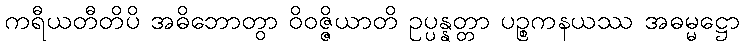
ကရီယတီတိပိ အဓိဘောတွာ ဝိဝဇ္ဇိယာတိ ဥပ္ပန္နတ္တာ ပဉ္စကနယဿ အဓမ္မဋ္ဌော